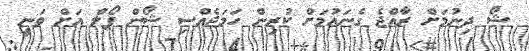
ޝޯ ދިނުމަށް ރާއްޖެ ގެނައުމަށް ކުރިން ހަމަޖެއްސި ޝޯން ޕޯލް އަށް ވަނީ